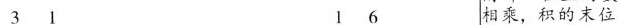
31 l6 相乘，积的末位